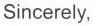
Sincerely,